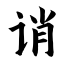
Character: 诮